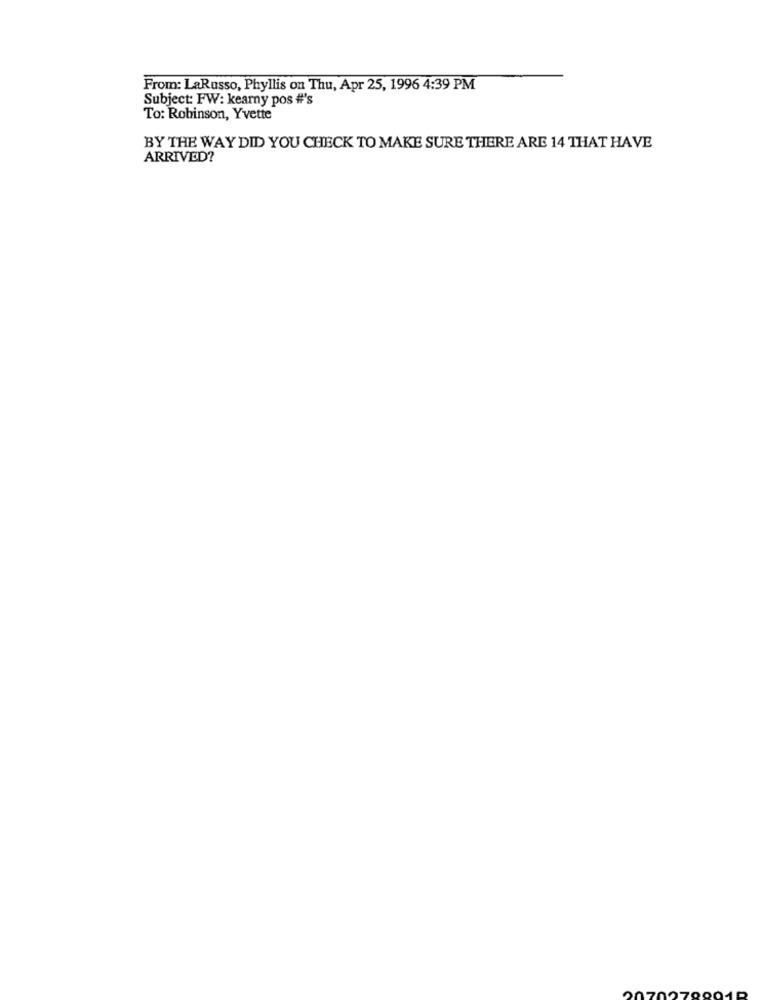
From: LaRusso, Phyllis on Thu, Apr 25, 1996 4:39 PM
Subject: FW: kearny pos #'s
To: Robinson, Yvette
BY THE WAY DID YOU CHECK TO MAKE SURE THERE ARE 14 THAT HAVE
ARRIVED?